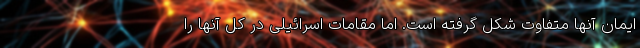
ایمان آنها متفاوت شکل گرفته است. اما مقامات اسرائیلی در کل آنها را